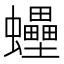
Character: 𧕫